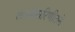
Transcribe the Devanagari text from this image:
कार्यकारिणीतले